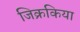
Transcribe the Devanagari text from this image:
जिक्रकिया